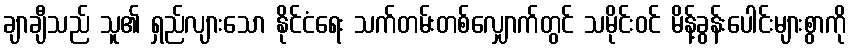
ချာချီသည် သူ၏ ရှည်လျားသော နိုင်ငံရေး သက်တမ်းတစ်လျှောက်တွင် သမိုင်းဝင် မိန့်ခွန်းပေါင်းများစွာကို